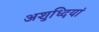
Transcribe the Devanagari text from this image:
अशुध्दियां